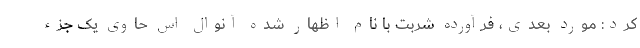
کرد: مورد بعدی، فرآورده شربت با نام اظهار شده آنوال اس حاوی یک جزء